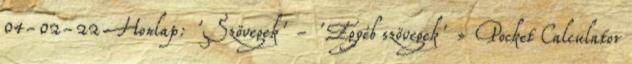
04-02-22 Honlap: 'Szövegek' - 'Egyéb szövegek' » Pocket Calculator